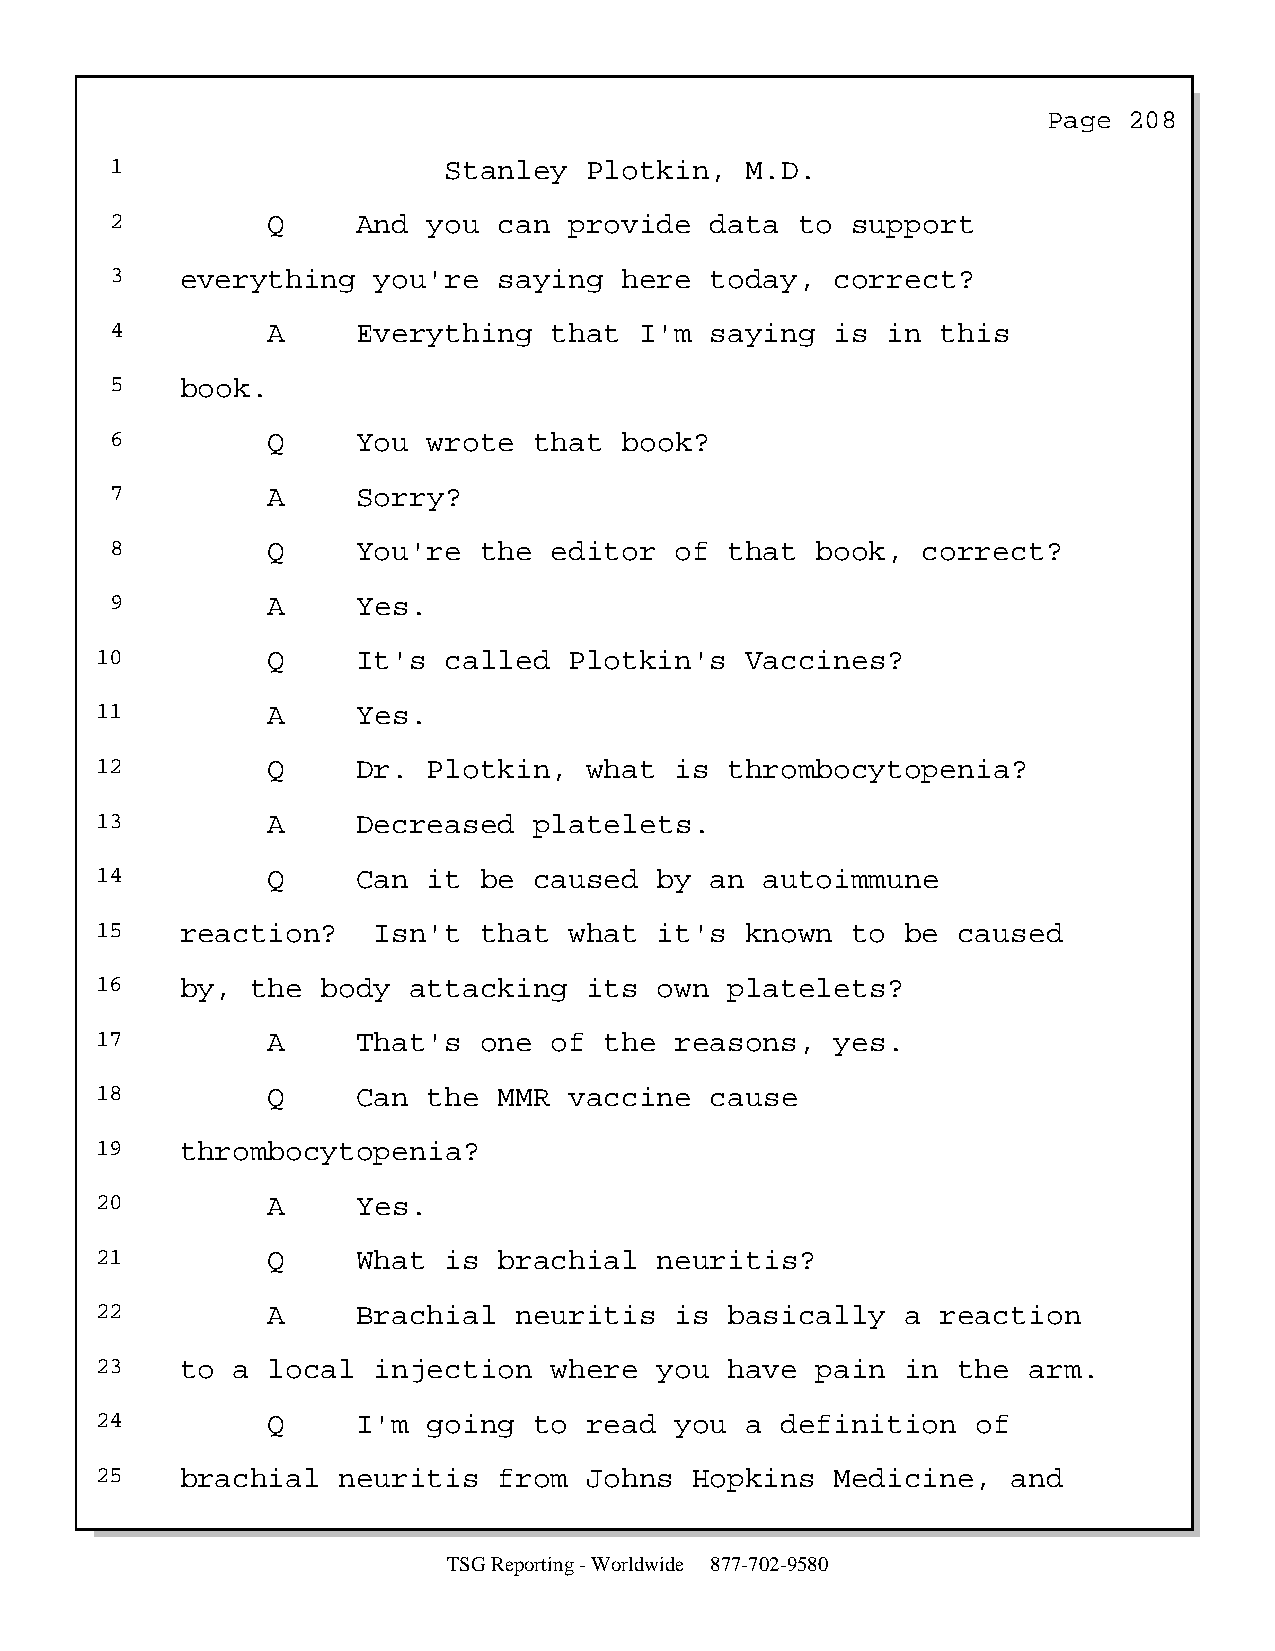
Page  208
 1                     Stanley   Plotkin,  M.D.
 2          Q     And you  can  provide  data  to support
 3    everything   you're  saying  here  today,  correct?
 4          A     Everything  that  I'm  saying  is  in this
 5    book.
 6          Q     You wrote  that  book?
 7          A     Sorry?
 8          Q     You're  the editor   of that  book,  correct?
 9          A     Yes.
 10          Q     It's called   Plotkin's  Vaccines?
 11          A     Yes.
 12          Q     Dr. Plotkin,   what  is thrombocytopenia?
 13          A     Decreased  platelets.
 14          Q     Can it  be caused   by an  autoimmune
 15    reaction?    Isn't  that  what  it's known  to  be caused
 16    by,  the body  attacking   its  own platelets?
 17          A     That's  one of  the  reasons,  yes.
 18          Q     Can the  MMR  vaccine  cause
 19    thrombocytopenia?
 20          A     Yes.
 21          Q     What is  brachial   neuritis?
 22          A     Brachial  neuritis   is basically   a reaction
 23    to a  local  injection  where   you have  pain  in the  arm.
 24          Q     I'm going  to  read  you a  definition   of
 25    brachial  neuritis   from  Johns  Hopkins  Medicine,   and
 TSG Reporting - Worldwide 877-702-9580